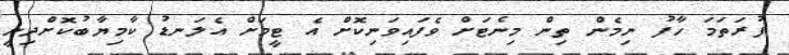
ފުރަތަމަ ހާފު ނިމެން ތިން މިނެޓަށް ވެފައިވަނިކޮށް އެ ޓީމަށް އެލަނޑު ކާމިޔާބުކޮށްދިނީ